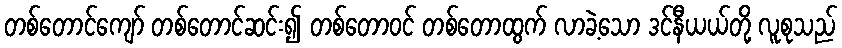
တစ်တောင်ကျော် တစ်တောင်ဆင်း၍ တစ်တောဝင် တစ်တောထွက် လာခဲ့သော ဒင်နီယယ်တို့ လူစုသည်